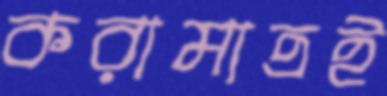
করামাত্রই